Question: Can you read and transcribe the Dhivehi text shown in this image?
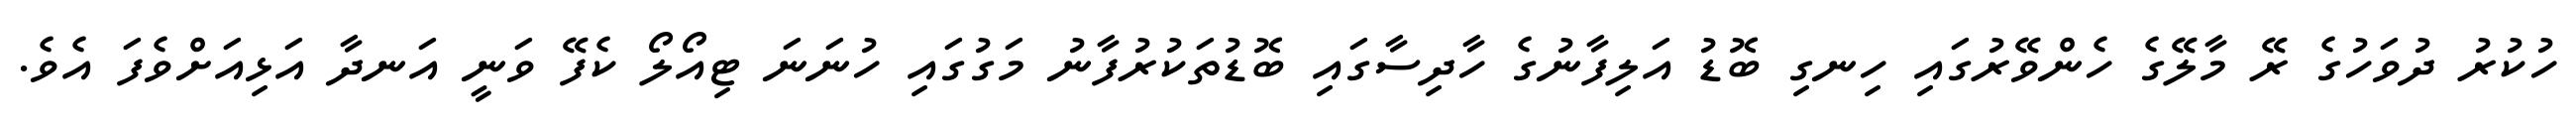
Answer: ހުކުރު ދުވަހުގެ ރޭ މާލޭގެ ހެންވޭރުގައި ހިނގި ބޮޑު އަލިފާނުގެ ހާދިސާގައި ބޮޑުތަކުރުފާނު މަގުގައި ހުނަނަ ޓިއޯލޯ ކެފޭ ވަނީ އަނދާ އަޅިއަށްވެފަ އެވެ.